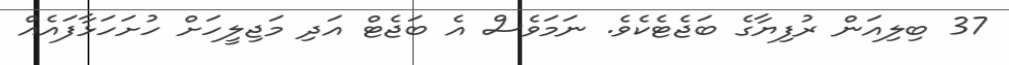
37 ބިލިއަން ރުފިޔާގެ ބަޖެޓެކެވެ. ނަމަވެސް އެ ބަޖެޓް އަދި މަޖިލީހަށް ހުށަހަޅާފައެއް